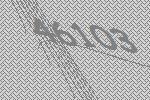
46103